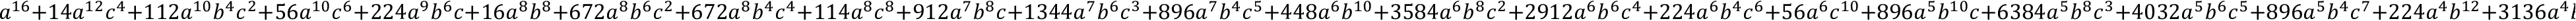
a ^ { 1 6 } + 1 4 a ^ { 1 2 } c ^ { 4 } + 1 1 2 a ^ { 1 0 } b ^ { 4 } c ^ { 2 } + 5 6 a ^ { 1 0 } c ^ { 6 } + 2 2 4 a ^ { 9 } b ^ { 6 } c + 1 6 a ^ { 8 } b ^ { 8 } + 6 7 2 a ^ { 8 } b ^ { 6 } c ^ { 2 } + 6 7 2 a ^ { 8 } b ^ { 4 } c ^ { 4 } + 1 1 4 a ^ { 8 } c ^ { 8 } + 9 1 2 a ^ { 7 } b ^ { 8 } c + 1 3 4 4 a ^ { 7 } b ^ { 6 } c ^ { 3 } + 8 9 6 a ^ { 7 } b ^ { 4 } c ^ { 5 } + 4 4 8 a ^ { 6 } b ^ { 1 0 } + 3 5 8 4 a ^ { 6 } b ^ { 8 } c ^ { 2 } + 2 9 1 2 a ^ { 6 } b ^ { 6 } c ^ { 4 } + 2 2 4 a ^ { 6 } b ^ { 4 } c ^ { 6 } + 5 6 a ^ { 6 } c ^ { 1 0 } + 8 9 6 a ^ { 5 } b ^ { 1 0 } c + 6 3 8 4 a ^ { 5 } b ^ { 8 } c ^ { 3 } + 4 0 3 2 a ^ { 5 } b ^ { 6 } c ^ { 5 } + 8 9 6 a ^ { 5 } b ^ { 4 } c ^ { 7 } + 2 2 4 a ^ { 4 } b ^ { 1 2 } + 3 1 3 6 a ^ { 4 } b ^ { 1 0 } c ^ { 2 } + 7 3 9 2 a ^ { 4 } b ^ { 8 } c ^ { 4 } + 2 9 1 2 a ^ { 4 } b ^ { 6 } c ^ { 6 } + 6 7 2 a ^ { 4 } b ^ { 4 } c ^ { 8 } + 1 4 a ^ { 4 } c ^ { 1 2 } + 8 9 6 a ^ { 3 } b ^ { 1 2 } c + 5 3 7 6 a ^ { 3 } b ^ { 1 0 } c ^ { 3 } + 6 3 8 4 a ^ { 3 } b ^ { 8 } c ^ { 5 } + 1 3 4 4 a ^ { 3 } b ^ { 6 } c ^ { 7 } + 1 3 4 4 a ^ { 2 } b ^ { 1 2 } c ^ { 2 } + 3 1 3 6 a ^ { 2 } b ^ { 1 0 } c ^ { 4 } + 3 5 8 4 a ^ { 2 } b ^ { 8 } c ^ { 6 } + 6 7 2 a ^ { 2 } b ^ { 6 } c ^ { 8 } + 1 1 2 a ^ { 2 } b ^ { 4 } c ^ { 1 0 } + 8 9 6 a b ^ { 1 2 } c ^ { 3 } + 8 9 6 a b ^ { 1 0 } c ^ { 5 } + 9 1 2 a b ^ { 8 } c ^ { 7 } + 2 2 4 a b ^ { 6 } c ^ { 9 } + 2 5 6 b ^ { 1 6 } + 2 2 4 b ^ { 1 2 } c ^ { 4 } + 4 4 8 b ^ { 1 0 } c ^ { 6 } + 1 6 b ^ { 8 } c ^ { 8 } + c ^ { 1 6 }